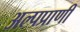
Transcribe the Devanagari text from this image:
अल्पप्राणी